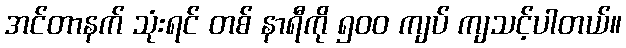
အင်တာနက် သုံးရင် တစ် နာရီကို ၅၀၀ ကျပ် ကျသင့်ပါတယ်။